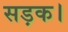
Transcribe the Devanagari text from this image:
सड़क।